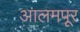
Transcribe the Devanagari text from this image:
आलमपूर